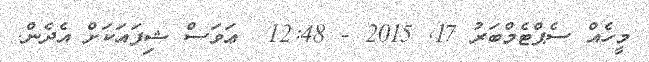
މީހެއް ސެޕްޓެމްބަރު 17